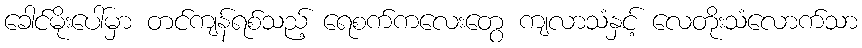
ခေါင်မိုးပေါ်မှာ တင်ကျန်ရစ်သည့် ရေစက်ကလေးတွေ ကျလာသံနှင့် လေတိုးသံလောက်သာ